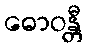
ဓောဝန္တီ